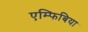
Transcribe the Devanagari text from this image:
एम्फिबिया